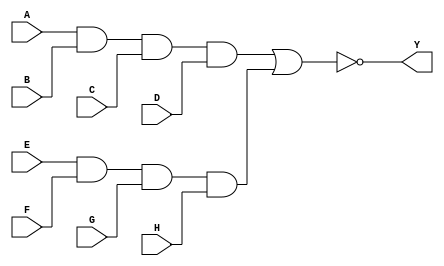
module AOI_5(input A,input B,input C,input D,input E,input F,input G,input H,output Y);
wire a_w;
wire b_w;
assign a_w = A & B & C & D;
assign b_w = E & F & G & H;
assign Y = ~(a_w | b_w);
endmodule